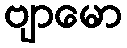
ဗျာမော